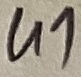
Text: U1